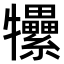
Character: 𤜖